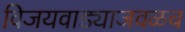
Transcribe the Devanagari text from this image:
विजयवाड्याजवळच